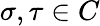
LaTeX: \sigma,\tau\in C